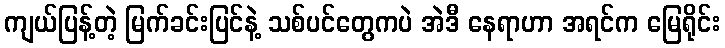
ကျယ်ပြန့်တဲ့ မြက်ခင်းပြင်နဲ့ သစ်ပင်တွေကပဲ အဲဒီ နေရာဟာ အရင်က မြေရိုင်း